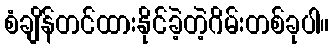
စံချိန်တင်ထားနိုင်ခဲ့တဲ့ဂိမ်းတစ်ခုပါ။